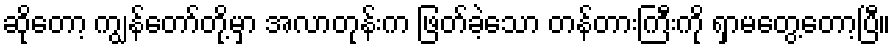
ဆိုတော့ ကျွန်တော်တို့မှာ အလာတုန်းက ဖြတ်ခဲ့သော တန်တားကြီးကို ရှာမတွေ့တော့ပြီ။